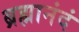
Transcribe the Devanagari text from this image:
ब्रह्मानंदं